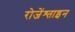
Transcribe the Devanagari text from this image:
रोजेंश्ताइन